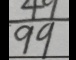
\frac { 4 9 } { 9 9 }